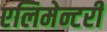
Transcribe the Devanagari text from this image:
एलिमेन्टरी